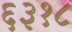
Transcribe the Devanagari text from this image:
६३१८